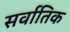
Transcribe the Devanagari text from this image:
सर्वातिक